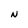
Character: N